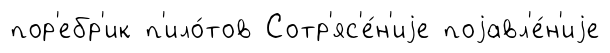
пор'ебр'ик п'ило́тов Сотр'яс'е́н'иjе поjавл'е́н'иjе